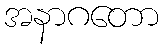
အနာဂတော